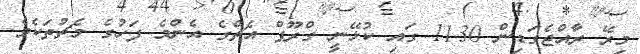
މިރޭ ރާއްޖެގަޑިން 11.30 ގައި ކުޅޭނީ ގްރޫޕް އެޗްގެ އެންމެ ފަހުގެ މެޗުތަކެވެ.